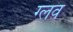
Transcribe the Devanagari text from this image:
ग्लव